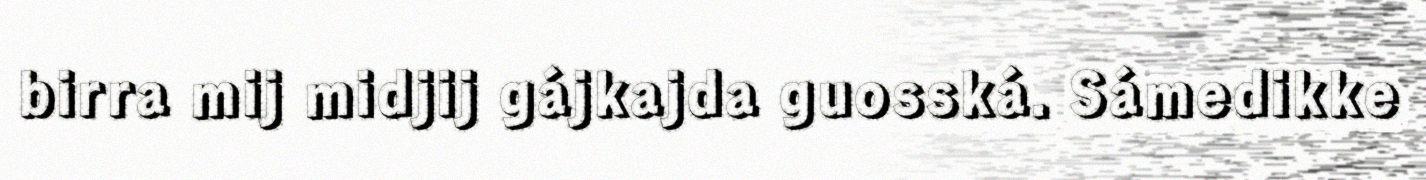
birra mij midjij gájkajda guosská. Sámedikke